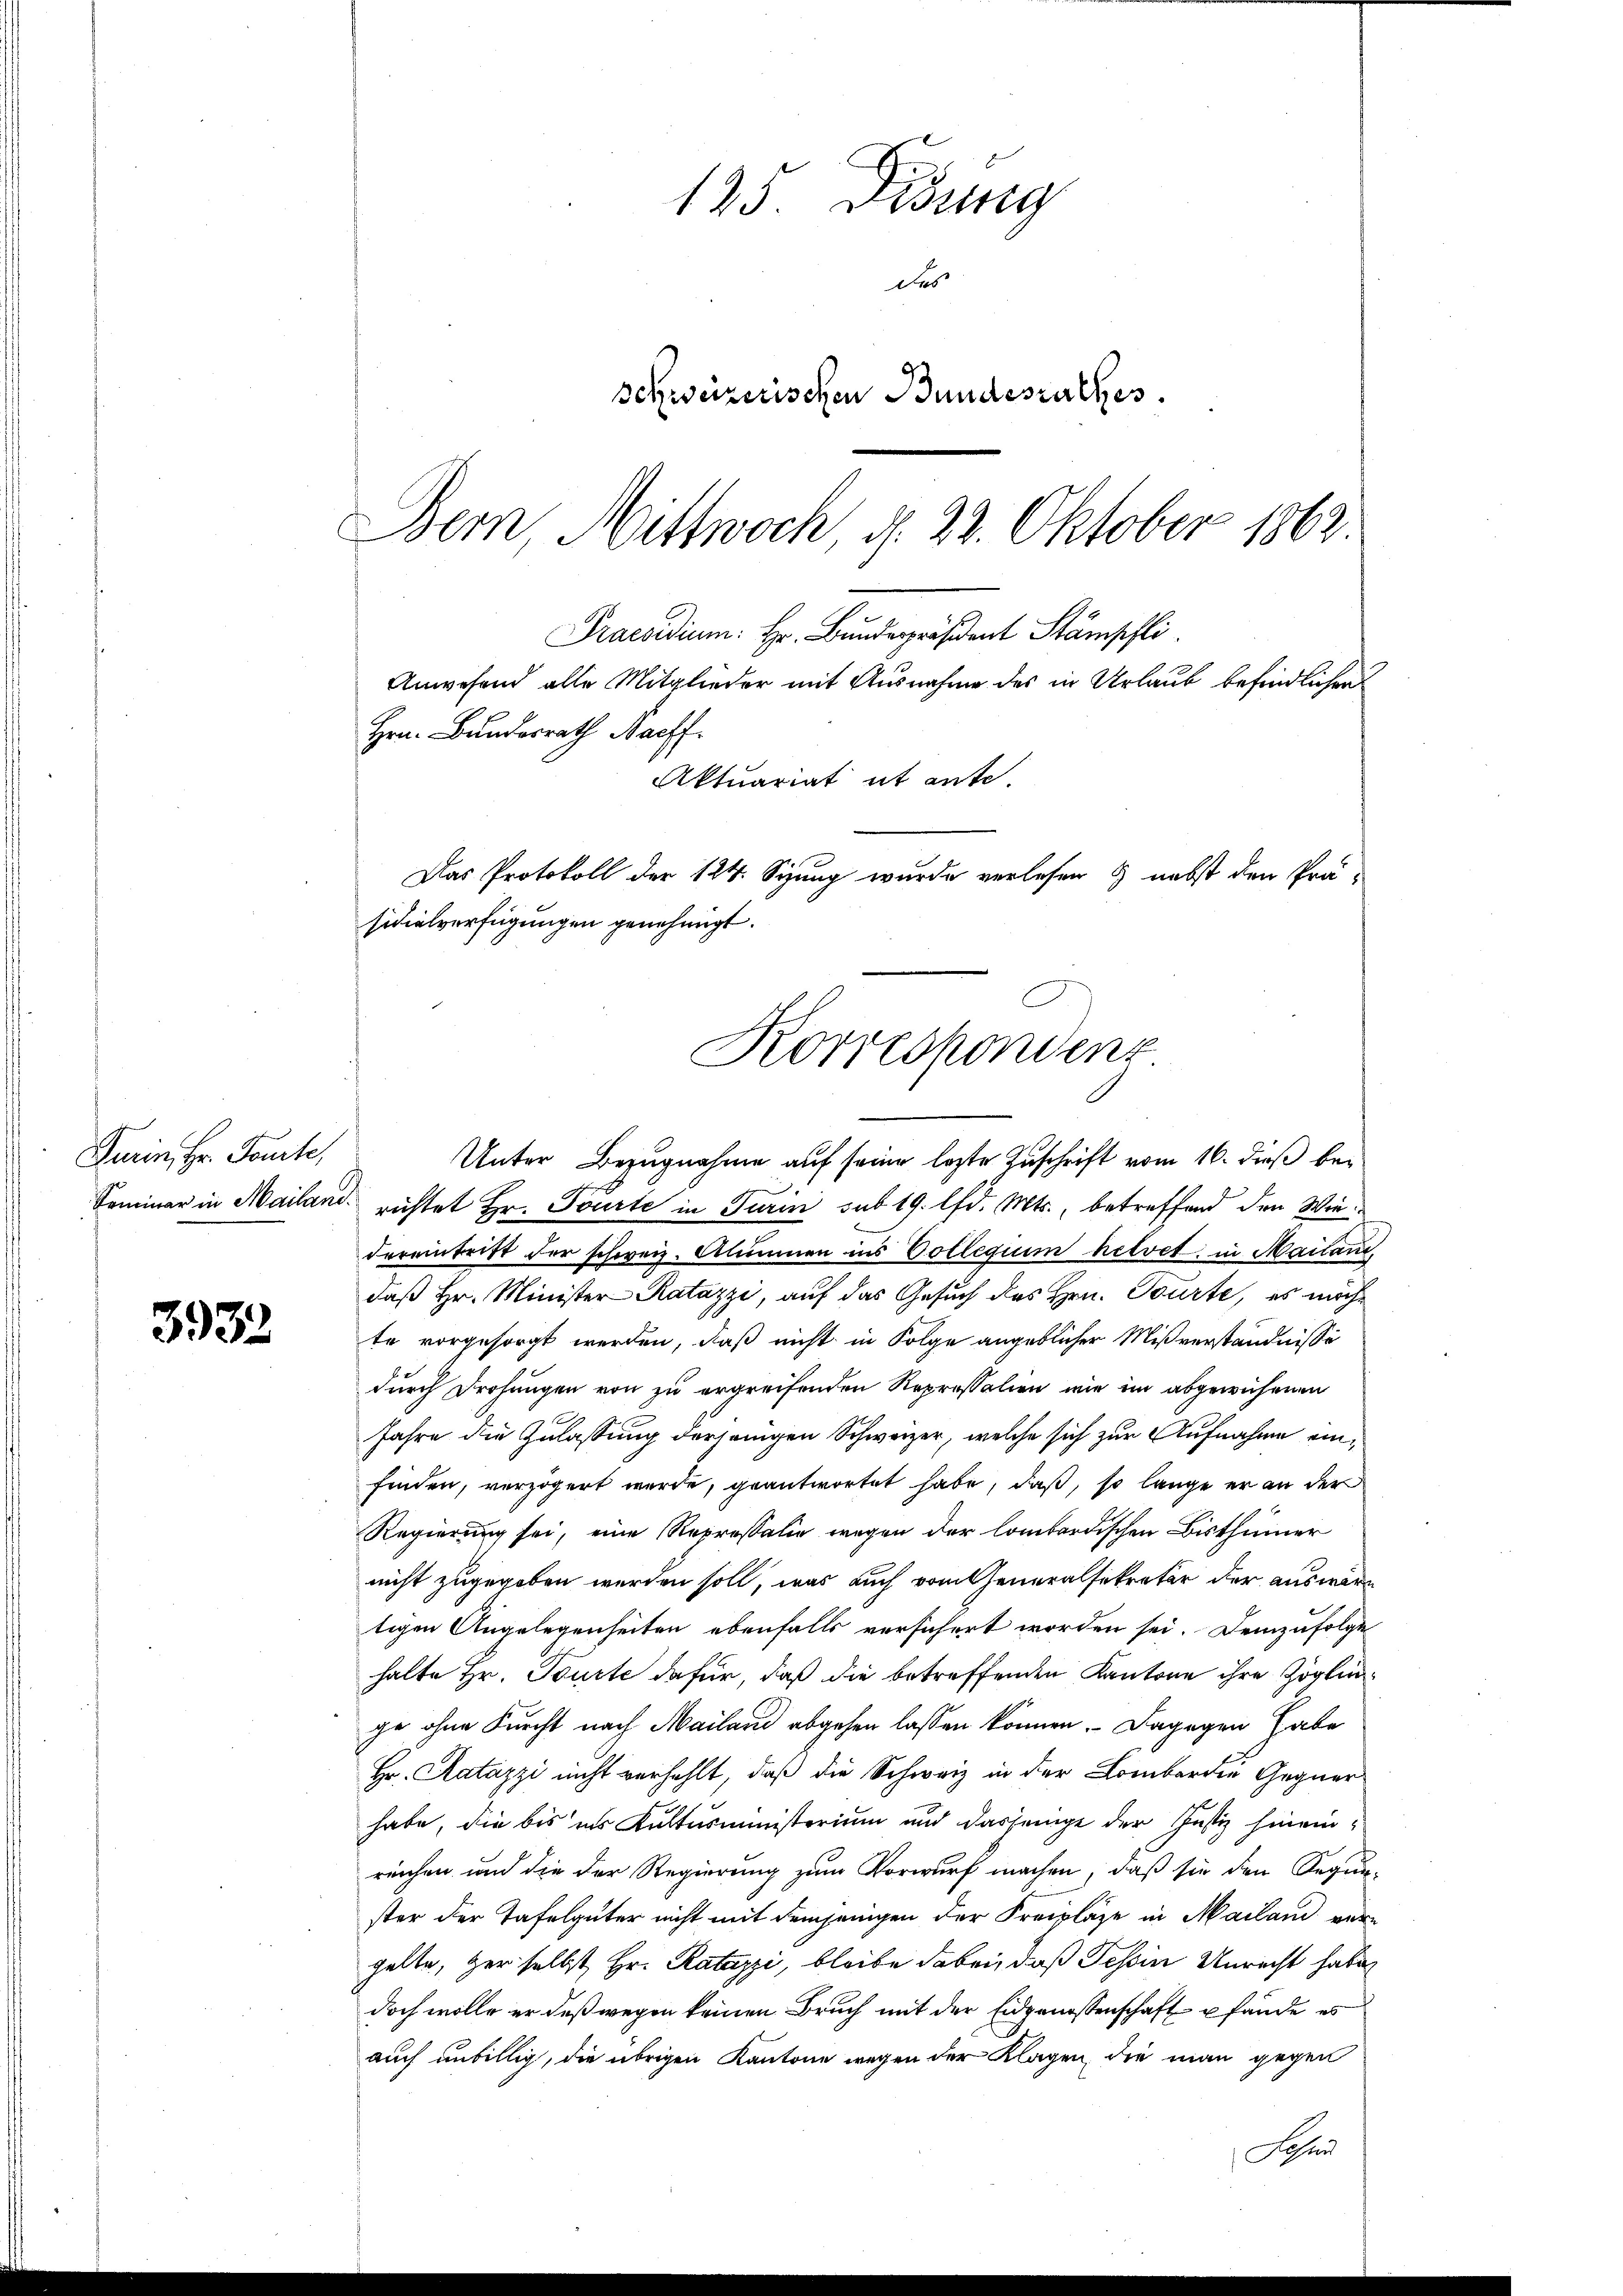
Turin, Hr. Toute,

3932

Bem, Mittwoch, d. 22. Oktober 1862.
Praesidium: Hr. Bundespräsident Stämpfli
Anwesend alle Mitglieder mit Ausnahme des in Urlaub befindlichen
Hrn. Bundesrath Naeff.
Aktuariat it ente.
Das Protokoll der 124. Sizung wurde verlesen & nebst den Prä-
sidialverfügungen genehmigt.
Korrespondenz

125. Disung
des
Schweizerischen Bundesrathes.

Unter Bezugnahme auf seiner lezte Zuschrift vom 16. dieß be¬
Saminar in Mailand richtet Hr. Tourte in Turin sub 19. lfd. Mts., betreffend den Wiedereintritt der schweiz. Alumnen ins Collegium helvet. in Mailan
daß Hr. Minister Ratazzi, auf das Gesuch des Hrn. Tourte, es möcht
te vorgesorgt werden, daß nicht in Folge angeblicher Mißverständnisse
durch Drohungen von zu ergreifenden Repressalien wie im abgewichenen
Jahre die Zulassung derjenigen Schweizer, welche sich zur Aufnahme einfinden, verzögert wurde, geantwortet habe, daß, so lange er an der
Regierung sei, eine Reprossalie wegen der lombardischen Bisthümer
nicht zugegeben werden soll, was auch vom Generalsekretär der auswärt
tigen Angelegenheiten ebenfalls versichert worden sei. Demzufolge
halte Hr. Tourte dafür, daß die betreffenden Kantone ihre Zöglinge ohne Furcht nach Mailand abgehen lassen können. Dagegen habe
Hr. Ratazzi nicht verhehlt, daß die Schweiz in der Lombardie Gegnerhabe, die bis ins Kultusministerium und dasjenige der Justiz hineinreichen und die der Regierung zum Vorwurf machen, daß sie den Regun-
ster der Tafelgüter nicht mit demjenigen der Freipläge in Mailand vergelte, Her selbst Hr. Ratazzi, bleibe dabei, daß Tessin Unrecht habe
doch wolle er deßwegen keinen Bruch mit der Eidgenossenschaft pfände es
auch unbillig, die übrigen Kantone wegen der Klagen, die man gegen
Daher